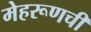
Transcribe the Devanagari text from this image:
मेहरूणची